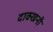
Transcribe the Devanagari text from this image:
दाक्खनी